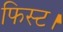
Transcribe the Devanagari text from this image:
फिस्ट।